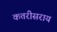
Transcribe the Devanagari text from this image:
कतरीसराय